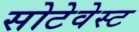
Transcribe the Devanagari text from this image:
सोटेवेस्ट